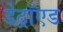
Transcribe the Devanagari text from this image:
डेट्रॉएड